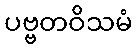
ပဗ္ဗတဝိသမံ